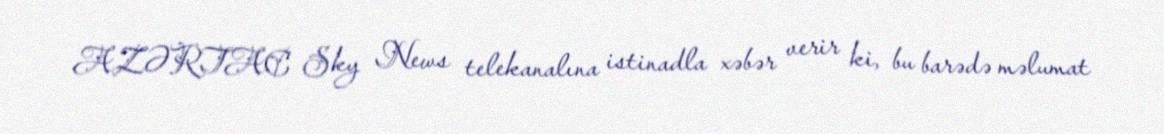
AZƏRTAC Sky News telekanalına istinadla xəbər verir ki, bu barədə məlumat